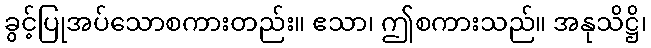
ခွင့်ပြုအပ်သောစကားတည်း။ ဧသာ၊ ဤစကားသည်။ အနုသိဋ္ဌိ၊